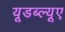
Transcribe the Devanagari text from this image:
यूडब्ल्यूए